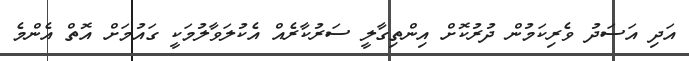
އަދި އަސަދު ވެރިކަމުން ދުރުކޮށް އިންތިގާލީ ސަރުކާރެއް އެކުލަވާލުމަކީ ގައުމަށް އޮތް އެންމެ